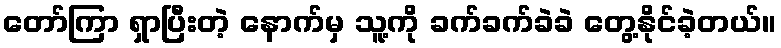
တော်ကြာ ရှာပြီးတဲ့ နောက်မှ သူ့ကို ခက်ခက်ခဲခဲ တွေ့နိုင်ခဲ့တယ်။